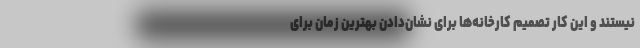
نیستند و این کار تصمیم کارخانه‌ها برای نشان‌دادن بهترین زمان برای